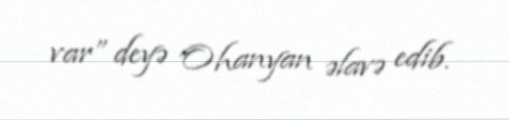
var” deyə Ohanyan əlavə edib.